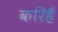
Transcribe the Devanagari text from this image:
करिहैं